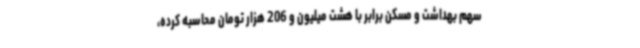
سهم بهداشت و مسکن برابر با هشت‌ میلیون‌ و 206 هزار تومان محاسبه کرده،